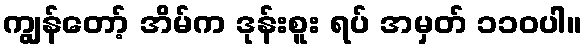
ကျွန်တော့် အိမ်က ဒုန်းစူး ရပ် အမှတ် ၁၁၀ပါ။